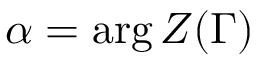
\alpha = \arg Z ( \Gamma )